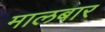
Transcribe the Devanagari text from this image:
मालबार